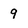
Character: 9